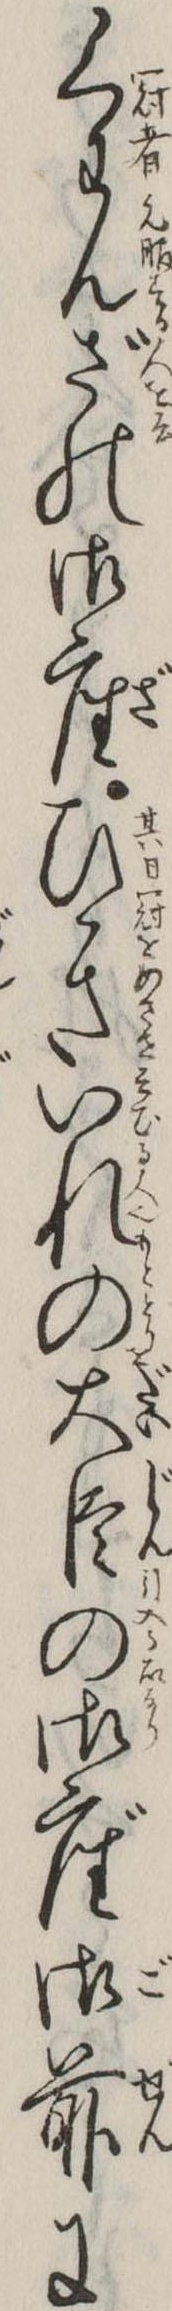
くわんざの御座ひきいれの大臣の御座御前に